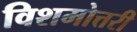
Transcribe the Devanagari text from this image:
विशमोत्तरी